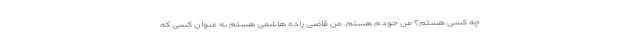
چه کسی هستم؟ من خودم هستم. من قاضی زاده هاشمی هستم به عنوان کسی که